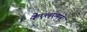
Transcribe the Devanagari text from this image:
केएलएमने